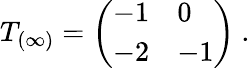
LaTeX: T_{(\infty)}=\left(\begin{array}{ll}{{-1}}&{{0}}\\ {{-2}}&{{-1}}\end{array}\right)\ .